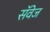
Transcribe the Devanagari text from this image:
सॅवेज